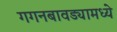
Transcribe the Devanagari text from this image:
गगनबावड्यामध्ये